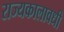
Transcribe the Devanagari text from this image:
राज्यकालावधी